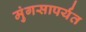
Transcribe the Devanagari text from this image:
मुंगसापर्यंत